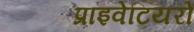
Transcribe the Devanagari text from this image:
प्राइवेटियरों